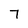
Character: 7